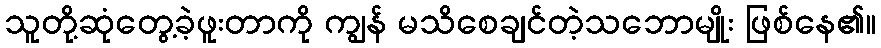
သူတို့ဆုံတွေ့ခဲ့ဖူးတာကို ကျွန် မသိစေချင်တဲ့သဘောမျိုး ဖြစ်နေ၏။